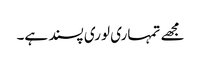
مجھے تمہاری لوری پسند ہے۔